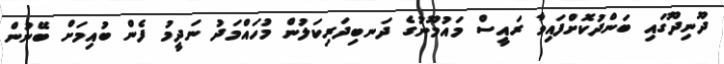
ދޫނިދޫގައި ބަންދުކޮށްފައިވާ ރައީސް މައުމޫނުގެ ދަނބިދަރިކަލުން މުހައްމަދު ނަދީމު ފެން ބުއިމަށް ބޭނުން